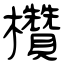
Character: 欑